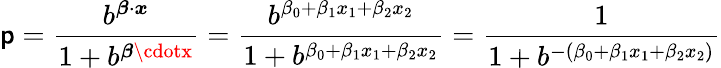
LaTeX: \mathsf{p}={\frac{{b^{{\boldsymbol{\beta}}\cdot{\boldsymbol{x}}}}}{{1+b^{{\boldsymbol{\beta}}\cdotx}}}}={\frac{{b^{\beta_{0}+\beta_{1}x_{1}+\beta_{2}x_{2}}}}{{1+b^{\beta_{0}+\beta_{1}x_{1}+\beta_{2}x_{2}}}}}={\frac{{1}}{{1+b^{-(\beta_{0}+\beta_{1}x_{1}+\beta_{2}x_{2})}}}}